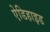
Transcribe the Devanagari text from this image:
ऐडिहाइड